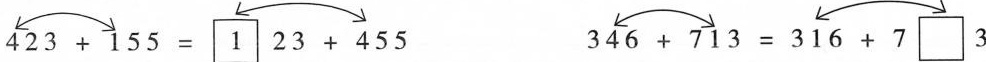
$$4 2 3 + 1 5 5 = 1 2 3 + 4 5 5$$ $$3 4 6 + 7 1 3 = 3 1 6 + 7 3$$